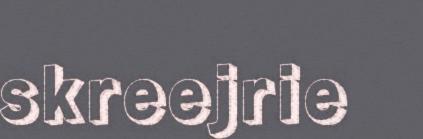
skreejrie